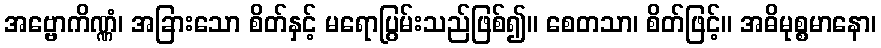
အဗ္ဗောကိဏ္ဏံ၊ အခြားသော စိတ်နှင့် မရောပြွမ်းသည်ဖြစ်၍။ စေတသာ၊ စိတ်ဖြင့်။ အဓိမုစ္စမာနော၊